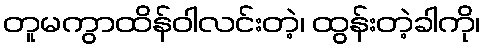
တူမကွာထိန်ဝါလင်းတဲ့၊ ထွန်းတဲ့ခါကို၊